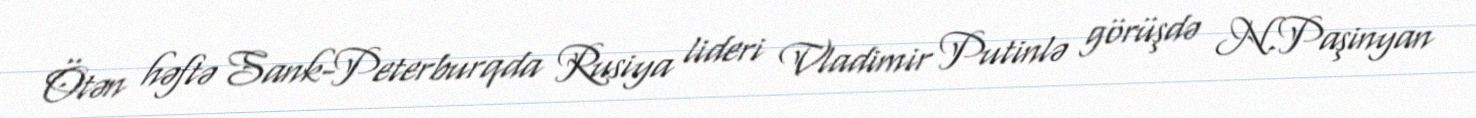
Ötən həftə Sank-Peterburqda Rusiya lideri Vladimir Putinlə görüşdə N.Paşinyan